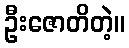
ဦးဇောတိတဲ့။